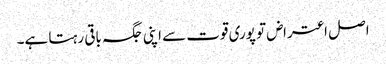
اصل اعتراض تو پوری قوت سے اپنی جگہ باقی رہتا ہے۔